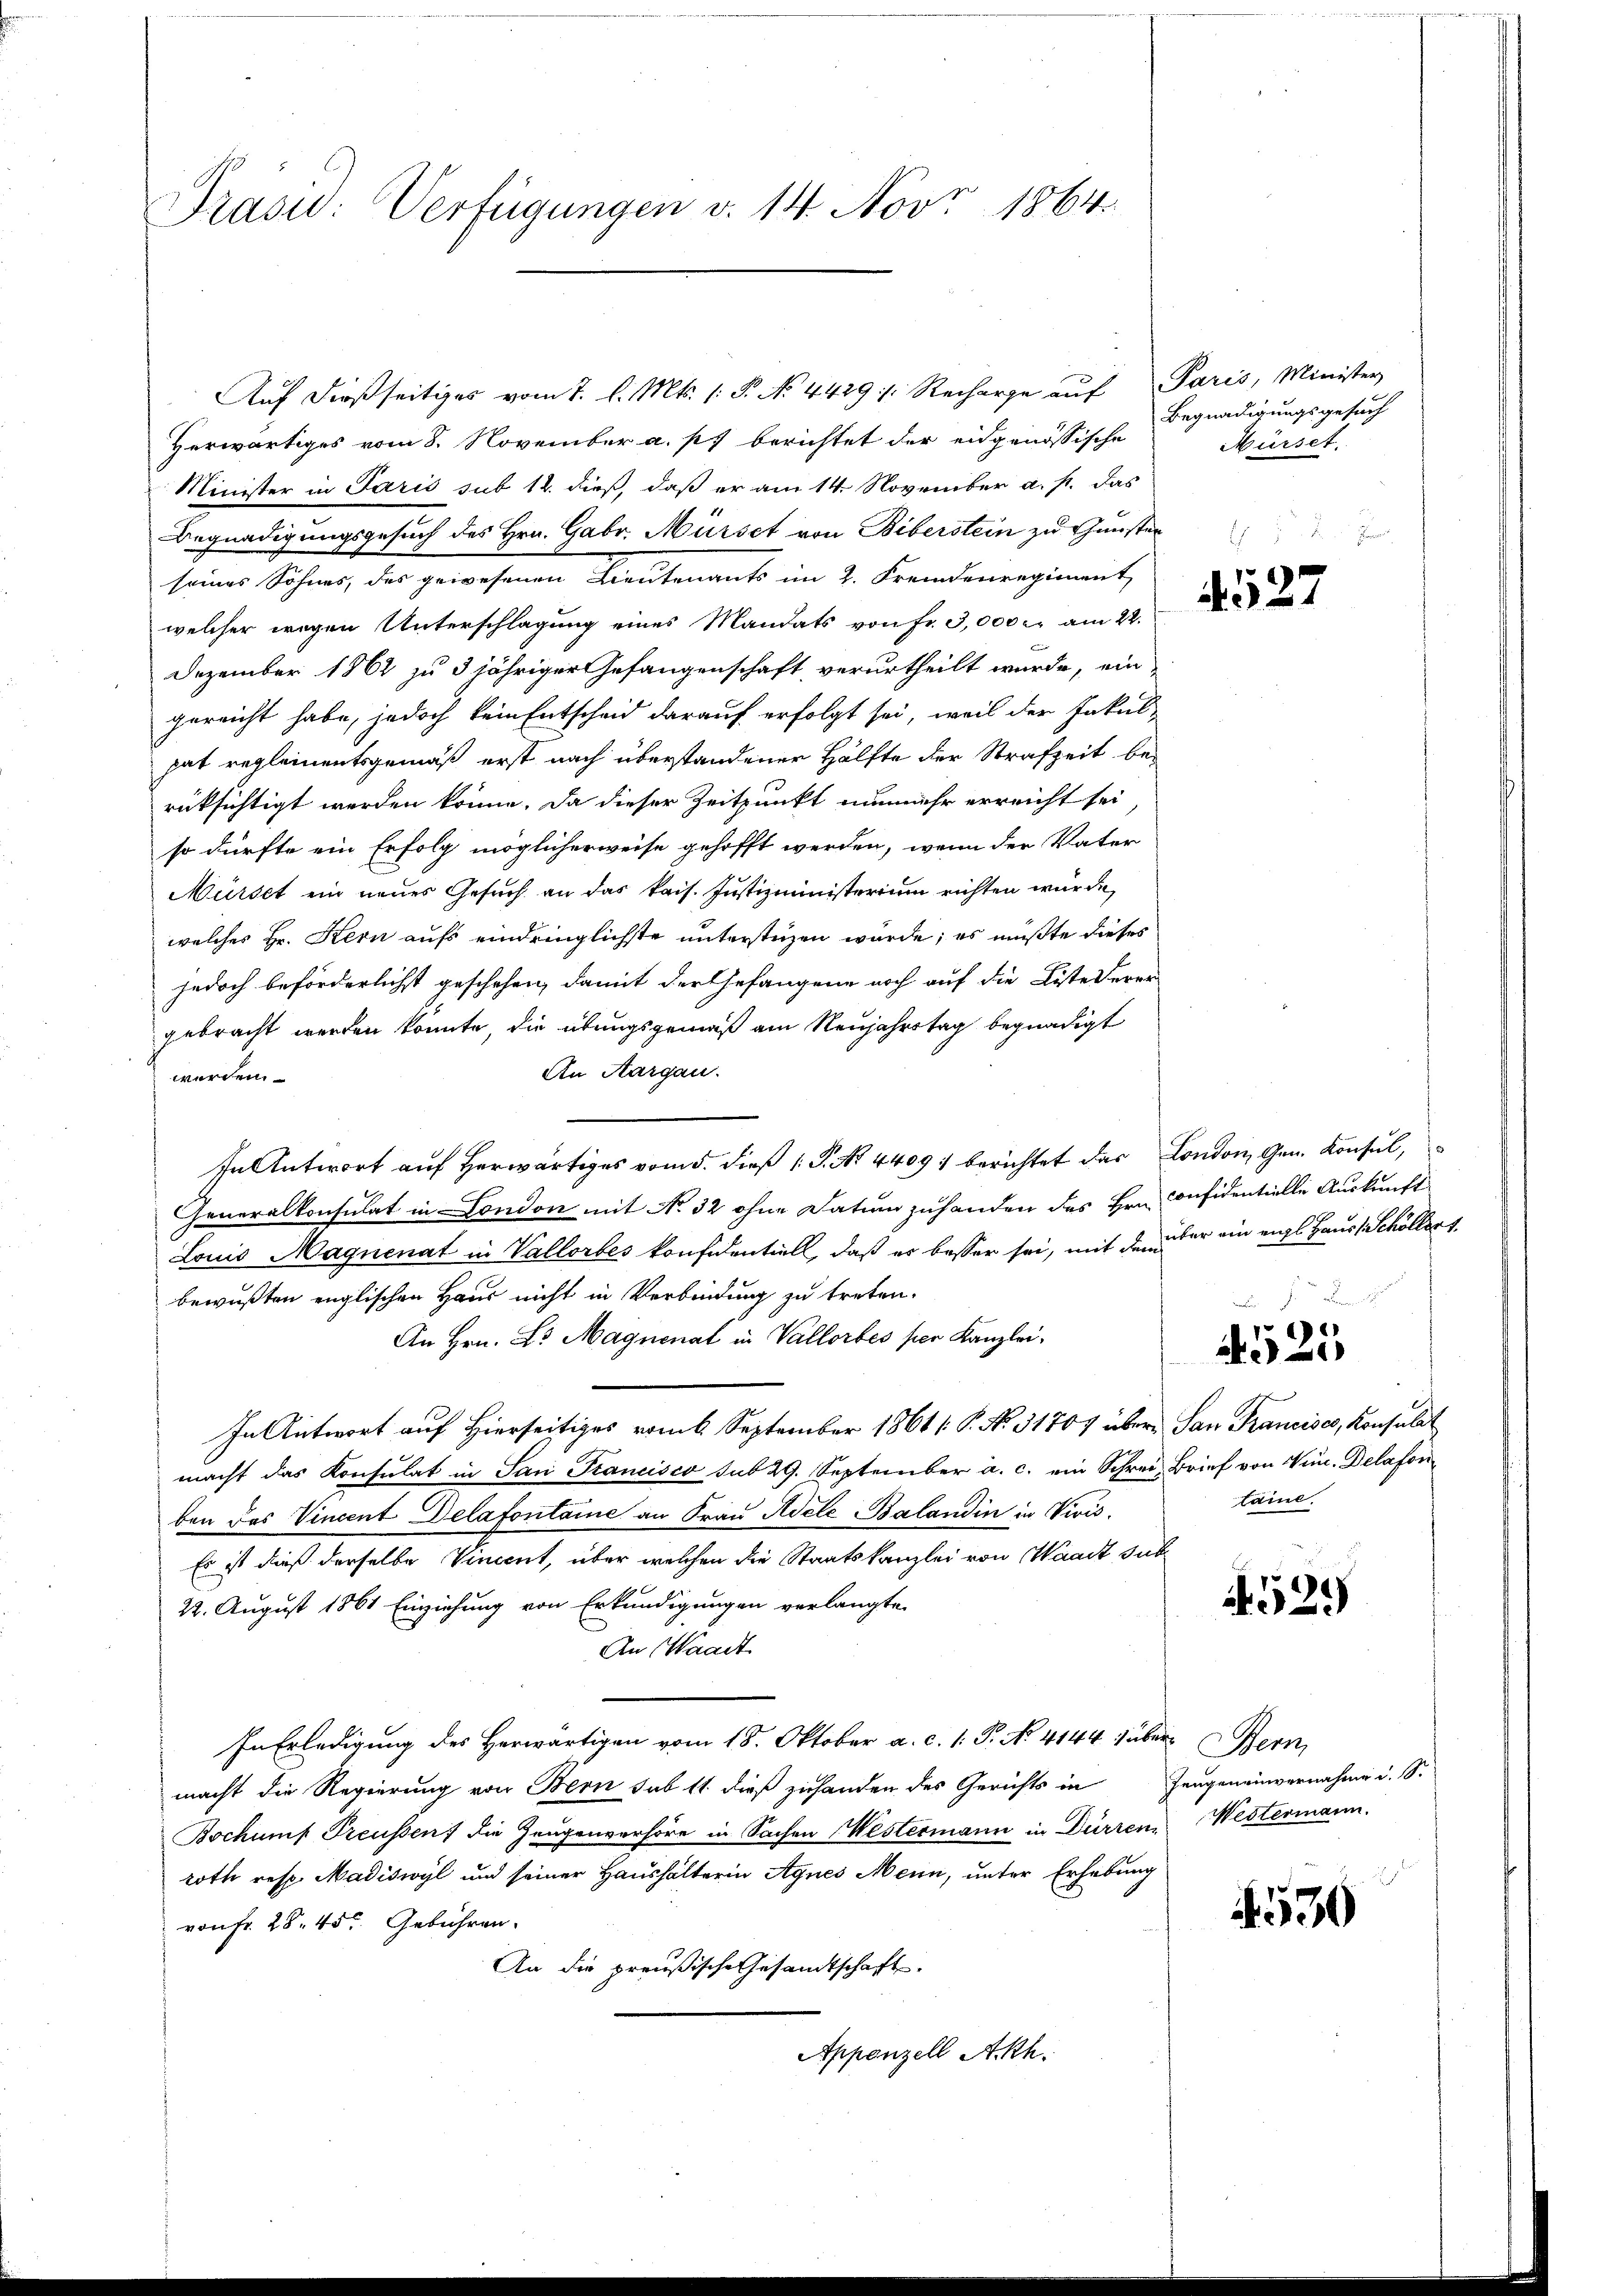
Trasid: Verfügungen v. 14. Nov. 1864.

Auf dießseitiges vom 1. l. Mts. (: P. No. 4429 . Recharge auf Paris, Minister
Herwärtiges vom 8. November a. p. berichtet der eidgenössische
Minister in Paris sub 12. dieß, daß er am 14. November a. p. das
Begnadigungsgesuch des Hrn. Gabr. Mürset von Biberstein zu Gunster
seines Sohnes, das gewesenen Lieutenants im 2. Fremdenregiment,
welcher wegen Unterschlagung eines Mandats von fr. 3,000 r. am 22.
Dezember 1862 zu 3 jähriger Gefangenschaft verurtheilt wurde, ein
gereicht habe, jedoch kein Entscheid darauf erfolgt sei, weil der Fakul-
hat reglementsgemäß erst nach überstandener Hälfte der Strafzeit berüksichtigt werden könne. Da dieser Zeitpunkt nunmehr erreicht sei
so dürfte ein Erfolg möglicherweise gehofft werden, wenn der Vater
Mürset ein neues Gesuch an das kais. Justizministerium richten wurde,
welches Hr. Kern aufs eindringlichste unterstüzen würde; es mußte dieses
jedoch beförderlichst geschehen, damit der Gefangene noch auf die Liste derer-
gebracht werden konnte, die übungsgemäß am Neujahrstag begnadigt
An Aargau.
werden.
In Antwort auf herwärtiges vom 5. dieß P. No 4409) berichtet das London, Gen. Konsul,
Generalkonsulat in London mit No 32 ohne Datum zuhanden des Hrn. Confidentielle Auskunft
Louis Magnenat in Vallorbes konfidentiell, daß er besser sei, mit den über ein eigl Haus, Schöller 1
bewußten englischen Haus nicht in Verbindung zu treten.
An Hrn. Dr Magnenat in Vallorbes per Kanzlei-
In Antwort auf Hierseitiges vom 6. September 1861 [P. No. 31707 übermacht das Konsulat in San Francisco sub 29. September a. c. ein Schrei Brief von Num. Delafon
ben das Vincent Delafontaine an Frau Adele Balandin in Vivis.
Es ist dieß derselbe Vincent, über welchen die Staatskanzlei von Waadt sub¬
22. August 1861 Einziehung von Erkundigungen verlangte
An Waadt
In Erledigung des Herwärtigen vom 18. Oktober a. c. 1. P. No. 4144 über Bern,
macht die Regierung von Bern sub 11 dieß zuhanden des Gerichts in Zeugeneinvernahme i. S.
Bochumf Preußen) die Zeugenverhöre in Sachen Westermann in Dürren Westermann.
roth resp. Madiswyl und seiner Haushalterin Agnes Mein, unter Erhebung
von Fr. 28. 45. Gebühren.
An die preußische Gesandtschaft
Appenzell Ackh.

Begnadigungsgesuch
Mürset

527

.

p
25

San Francises, Konsulat
laine.

529

530